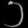
Digit: ၁